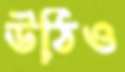
উঠিও